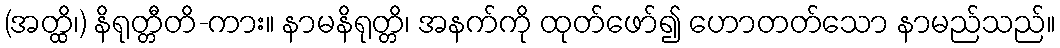
(အတ္ထိ၊) နိရုတ္တီတိ-ကား။ နာမနိရုတ္တိ၊ အနက်ကို ထုတ်ဖော်၍ ဟောတတ်သော နာမည်သည်။